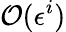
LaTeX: \mathcal{O}(\epsilon^{i})